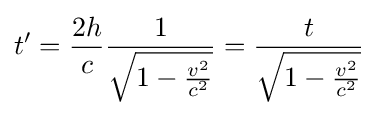
t'={\frac {2h}{c}}{\frac {1}{\sqrt {1-{\frac {v^{2}}{c^{2}}}}}}={\frac {t}{\sqrt {1-{\frac {v^{2}}{c^{2}}}}}}